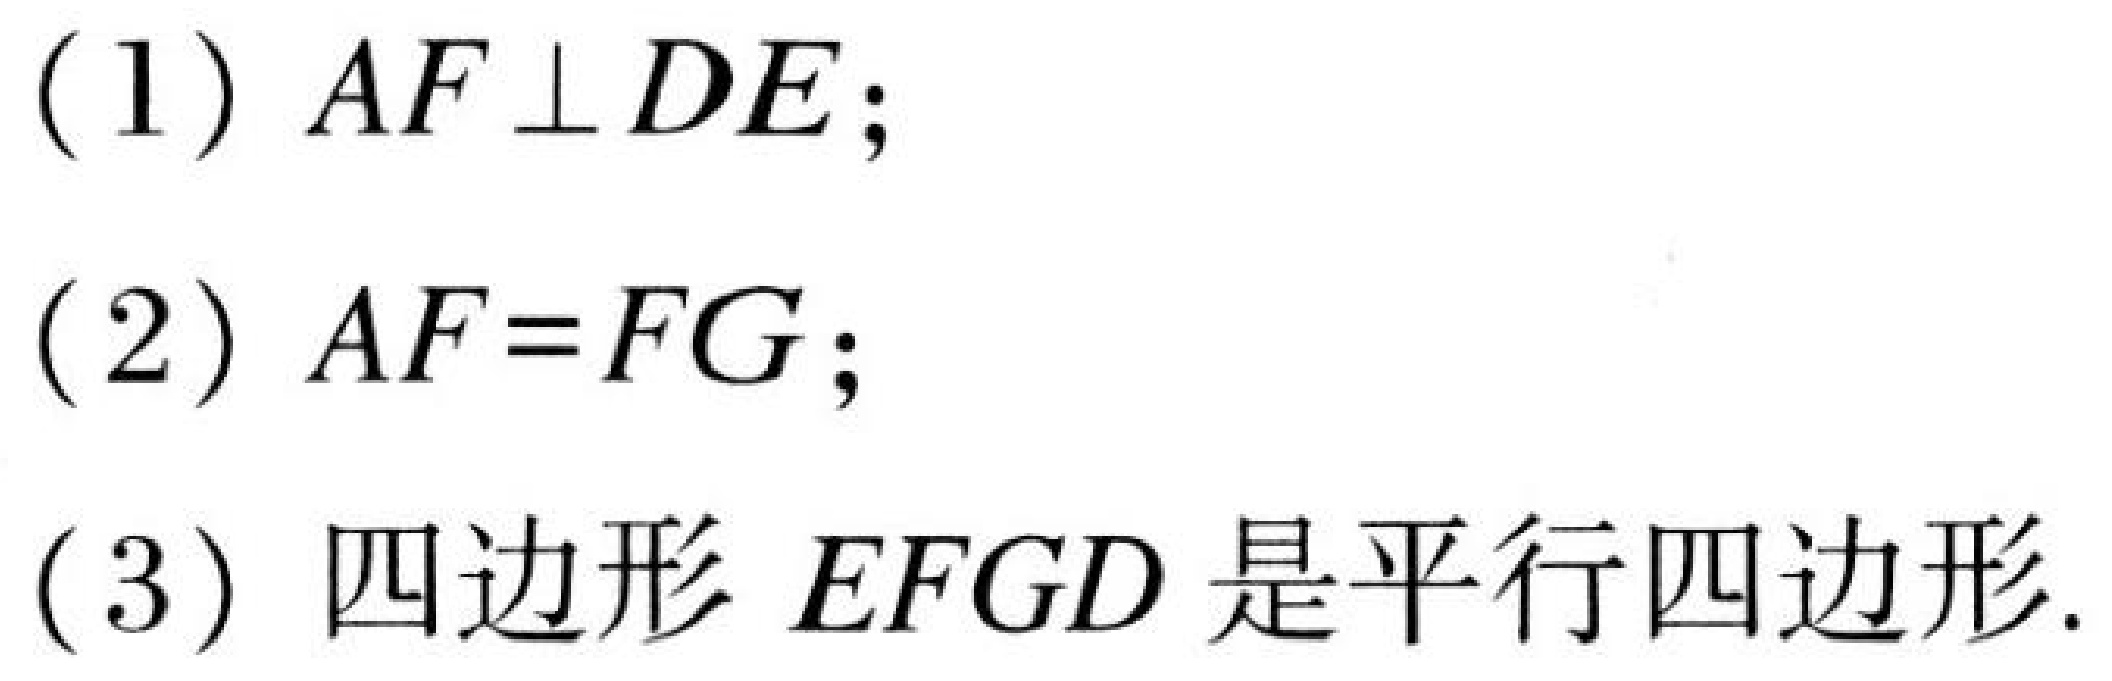
(1) $AF\perp DE$;
(2) $AF = FG$;
(3) 四边形$EFGD$是平行四边形.